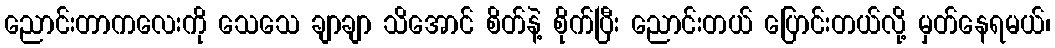
ညောင်းတာကလေးကို သေသေ ချာချာ သိအောင် စိတ်နဲ့ စိုက်ပြီး ညောင်းတယ် ပြောင်းတယ်လို့ မှတ်နေရမယ်၊